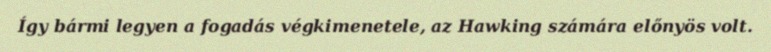
Így bármi legyen a fogadás végkimenetele, az Hawking számára előnyös volt.